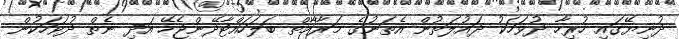
ދުނިޔޭގައި ހުރިހާ ދުވަހަކު ދައުލަތުން އެތަނުގެ މަރާމާތް ބަލަހައްޓާދޭންޖެހޭ އަދި ނެތް ދުވަހަކުން